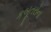
કબૂતરોના